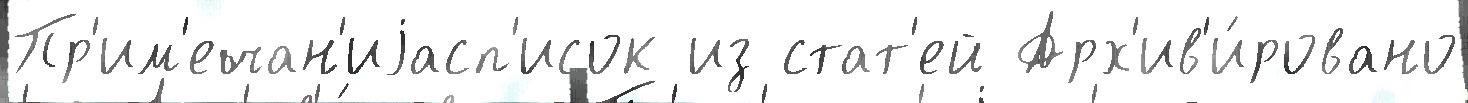
Пр'им'ечан'иjасп'исок из стат'ей Арх'ив'и́ровано